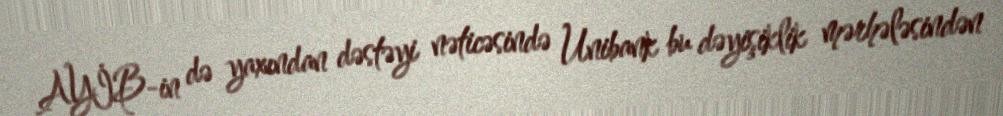
AYİB-in də yaxından dəstəyi nəticəsində Unibank bu dəyişiklik mərhələsindən